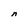
Character: n